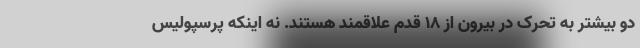
دو بیشتر به تحرک در بیرون از 18 قدم علاقمند هستند. نه اینکه پرسپولیس